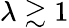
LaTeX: \lambda\gtrsim 1